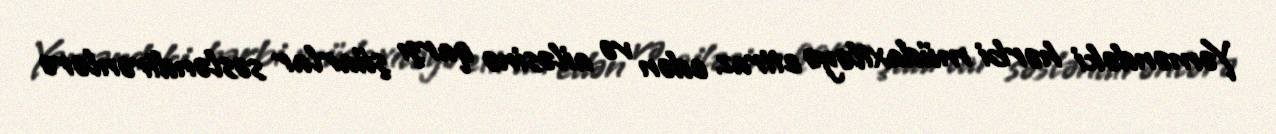
Yəməndəki hərbi müdaxiləyə etiraz edən və ailəsinə qarşı şüarlar səsləndirənlərə